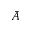
\bar { A }